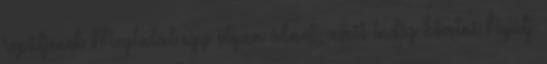
repüljenek Megtalál egy olyan álmot, amit tudsz követni Nyúlj